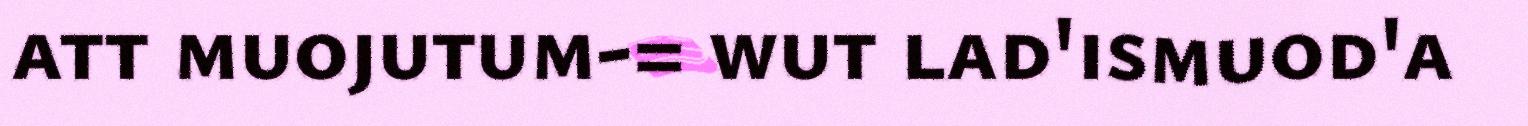
att muojutum-= wut lad'ismuod'a